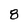
Character: 8